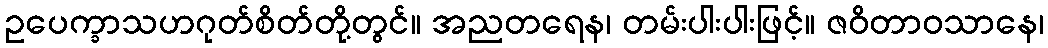
ဥပေက္ခာသဟဂုတ်စိတ်တို့တွင်။ အညတရေန၊ တမ်းပါးပါးဖြင့်။ ဇဝိတာဝသာနေ၊